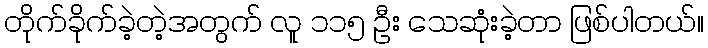
တိုက်ခိုက်ခဲ့တဲ့အတွက် လူ ၁၁၅ ဦး သေဆုံးခဲ့တာ ဖြစ်ပါတယ်။